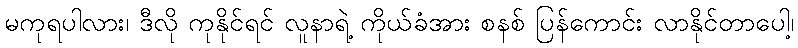
မကုရပါလား၊ ဒီလို ကုနိုင်ရင် လူနာရဲ့ ကိုယ်ခံအား စနစ် ပြန်ကောင်း လာနိုင်တာပေါ့၊